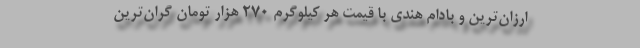
ارزان‌ترین و بادام هندی با قیمت هر کیلوگرم ۲۷۰ هزار تومان گران‌ترین